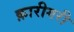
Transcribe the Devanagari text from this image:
क़ारीगरी